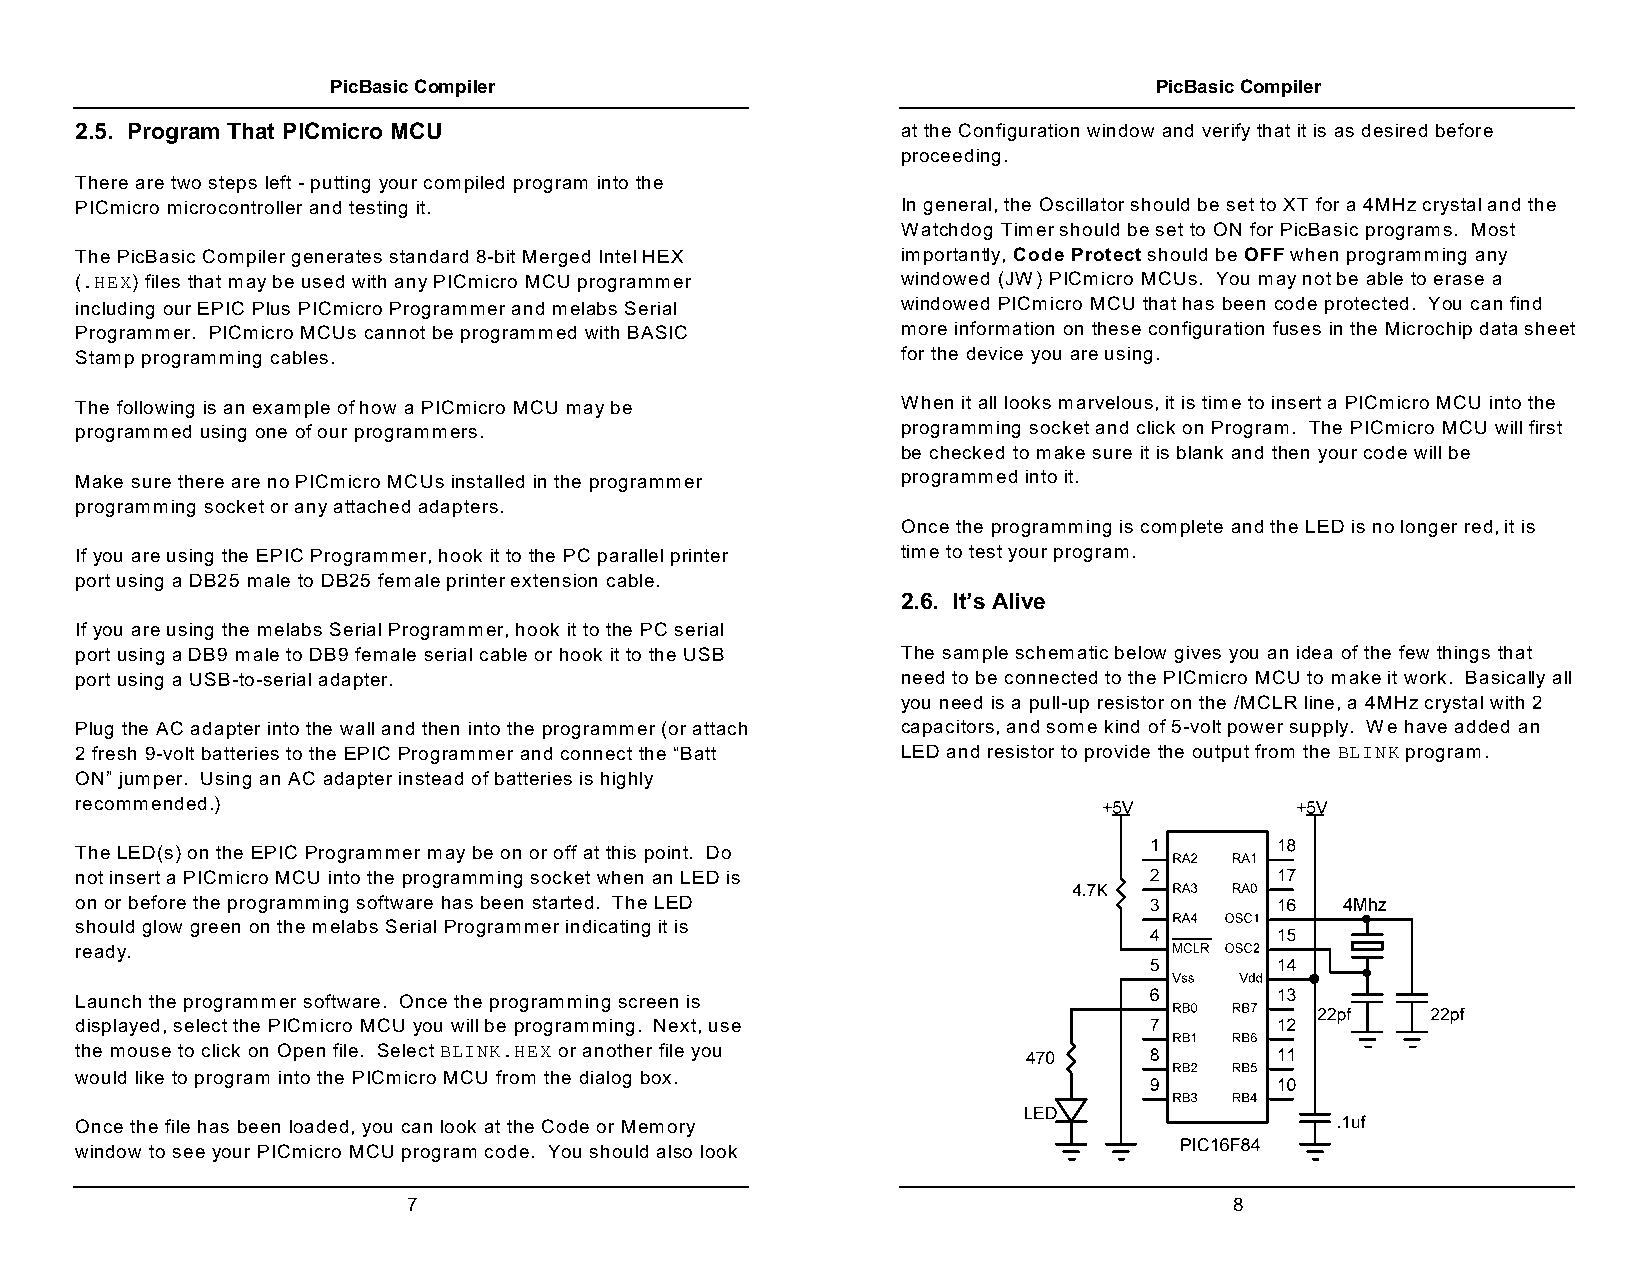
PicBasic Compiler                                     PicBasic Compiler
 2.5. Program That PICmicro MCU                         at the Configuration window and verify that it is as desired before
 proceeding.
 There are two steps left - putting your compiled program into the
 PICmicro microcontroller and testing it.               In general, the Oscillator should be set to XT for a 4MHz crystal and the
 Watchdog Timer should be set to ON for PicBasic programs. Most
 The PicBasic Compiler generates standard 8-bit Merged Intel HEX importantly, Code Protect should be OFF when programming any
 (.HEX) files that may be used with any PICmicro MCU programmer windowed (JW) PICmicro MCUs. You may not be able to erase a
 including our EPIC Plus PICmicro Programmer and melabs Serial windowed PICmicro MCU that has been code protected. You can find
 Programmer. PICmicro MCUs cannot be programmed with BASIC more information on these configuration fuses in the Microchip data sheet
 Stamp programming cables.                              for the device you are using.
 The following is an example of how a PICmicro MCU may be When it all looks marvelous, it is time to insert a PICmicro MCU into the
 programmed using one of our programmers.               programming socket and click on Program. The PICmicro MCU will first
 be checked to make sure it is blank and then your code will be
 Make sure there are no PICmicro MCUs installed in the programmer programmed into it.
 programming socket or any attached adapters.
 Once the programming is complete and the LED is no longer red, it is
 If you are using the EPIC Programmer, hook it to the PC parallel printer time to test your program.
 port using a DB25 male to DB25 female printer extension cable.
 2.6. It’s Alive
 If you are using the melabs Serial Programmer, hook it to the PC serial
 port using a DB9 male to DB9 female serial cable or hook it to the USB The sample schematic below gives you an idea of the few things that
 port using a USB-to-serial adapter.                    need to be connected to the PICmicro MCU to make it work. Basically all
 you need is a pull-up resistor on the /MCLR line, a 4MHz crystal with 2
 Plug the AC adapter into the wall and then into the programmer (or attach capacitors, and some kind of 5-volt power supply. We have added an
 2 fresh 9-volt batteries to the EPIC Programmer and connect the “Batt LED and resistor to provide the output from the BLINK program.
 ON” jumper. Using an AC adapter instead of batteries is highly
 recommended.)
 The LED(s) on the EPIC Programmer may be on or off at this point. Do
 not insert a PICmicro MCU into the programming socket when an LED is
 on or before the programming software has been started. The LED
 should glow green on the melabs Serial Programmer indicating it is
 ready.
 Launch the programmer software. Once the programming screen is
 displayed, select the PICmicro MCU you will be programming. Next, use
 the mouse to click on Open file. Select BLINK.HEX or another file you
 would like to program into the PICmicro MCU from the dialog box.
 Once the file has been loaded, you can look at the Code or Memory
 window to see your PICmicro MCU program code. You should also look
 7                                                      8